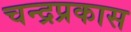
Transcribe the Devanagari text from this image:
चन्द्रप्रकास